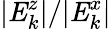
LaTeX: |\mathit{{E}}_{k}^{z}|/|\mathit{{E}}_{k}^{x}|